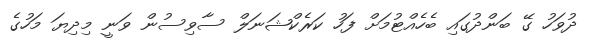
ދުވަހު ގޭ ބަންދުގައި ބެހެއްޓުމަށް ފަހު ކަރެކްޝަނަލް ސާވިސުން ވަނީ މިދިޔަ މަހުގެ